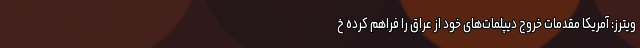
ویترز: آمریکا مقدمات خروج دیپلمات‌های خود از عراق را فراهم کرده خ